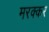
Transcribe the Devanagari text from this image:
मरक्कर